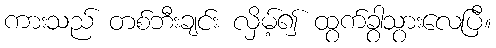
ကားသည် တစ်ဘီးချင်း လှိမ့်၍ ထွက်ခွာသွားလေပြီ။